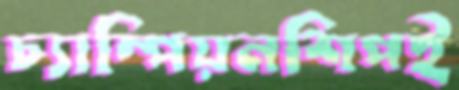
চ্যাম্পিয়নশিপই